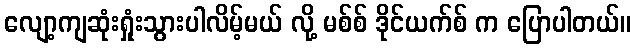
လျော့ကျဆုံးရှုံးသွားပါလိမ့်မယ် လို့ မစ်စ် ဒိုင်ယက်စ် က ပြောပါတယ်။